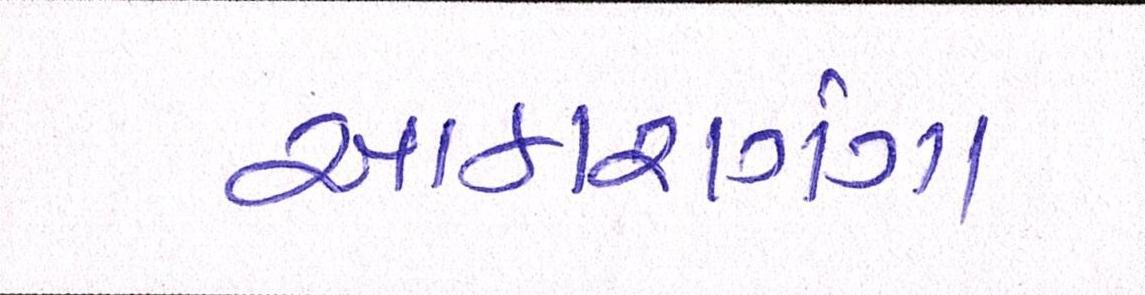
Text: આકાશગંગા